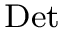
_ \mathrm { D e t }